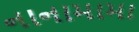
નાનામામા